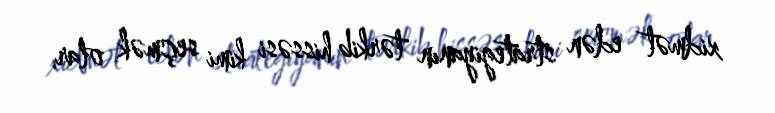
xidmət edən strategiyanın tərkib hissəsi kimi seçmək olar.